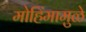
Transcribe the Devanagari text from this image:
मोहिंमामुळे